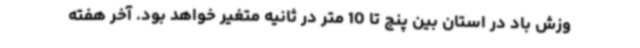
وزش باد در استان بین پنج تا 10 متر در ثانیه متغیر خواهد بود. آخر هفته